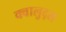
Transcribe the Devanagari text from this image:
क्वालुद्स